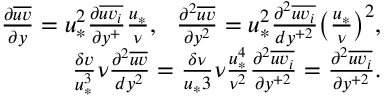
\begin{array} { r } { \frac { \partial \overline { { u v } } } { \partial y } = u _ { * } ^ { 2 } \frac { \partial \overline { { u v _ { i } } } } { \partial y ^ { + } } \frac { u _ { * } } { \nu } , \ \ \frac { \partial ^ { 2 } \overline { { u v } } } { \partial y ^ { 2 } } = u _ { * } ^ { 2 } \frac { \partial ^ { 2 } \overline { { u v _ { i } } } } { d y ^ { + 2 } } \big ( \frac { u _ { * } } { \nu } \big ) ^ { 2 } , } \\ { \frac { \delta v } { u _ { * } ^ { 3 } } \nu \frac { \partial ^ { 2 } \overline { { u v } } } { d y ^ { 2 } } = \frac { \delta \nu } { u _ { * } { 3 } } \nu \frac { u _ { * } ^ { 4 } } { \nu ^ { 2 } } \frac { \partial ^ { 2 } \overline { { u v _ { i } } } } { \partial y ^ { + 2 } } = \frac { \partial ^ { 2 } \overline { { u v _ { i } } } } { \partial y ^ { + 2 } } . } \end{array}